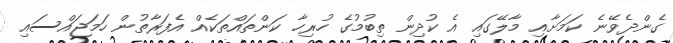
ގެންދެވޭނެ ކަމަށާއި މާލޭގައި އެ ކުދިން ތިބުމުގެ ހުރިހާ ކަންތައްތަކެއް އެފަރާތުން ހަމަޖައްސައި